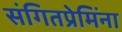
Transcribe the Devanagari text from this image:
संगितप्रेमिंना